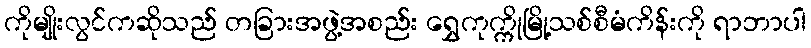
ကိုမျိုးလွင်ကဆိုသည် တခြားအဖွဲ့အစည်း ရွှေကုက္ကိုမြို့သစ်စီမံကိန်းကို ရာဘာပါ